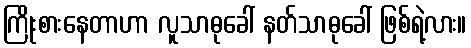
ကြိုးစားနေတာဟာ လူသာဓုခေါ် နတ်သာဓုခေါ် ဖြစ်ရဲ့လား။